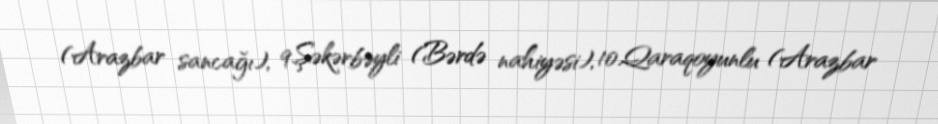
(Arazbar sancağı), 9.Şəkərbəyli (Bərdə nahiyəsi), 10.Qaraqoyunlu (Arazbar